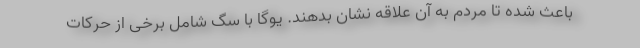
باعث شده تا مردم به آن علاقه نشان بدهند. یوگا با سگ شامل برخی از حرکات